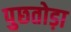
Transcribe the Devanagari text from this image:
पुछतोड़ा